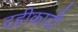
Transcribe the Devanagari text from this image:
दहीकादी